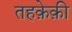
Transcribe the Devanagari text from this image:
तहक़ेक़ी